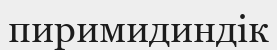
пиримидиндік